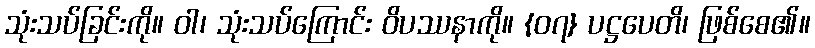
သုံးသပ်ခြင်းကို။ ဝါ၊ သုံးသပ်ကြောင်း ဝိပဿနာကို။ {၀၇} ပဋ္ဌပေတိ၊ ဖြစ်စေ၏။